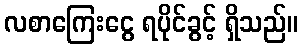
လစာကြေးငွေ ရပိုင်ခွင့် ရှိသည်။